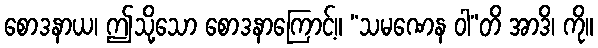
စောဒနာယ၊ ဤသို့သော စောဒနာကြောင့်။ “သမဏေန ဝါ”တိ အာဒိ၊ ကို။